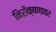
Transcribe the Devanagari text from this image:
निरीक्षणावर